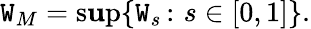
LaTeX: \mathtt{W}_{M}=\operatorname*{s\mathbf{u}p}\{ \mathtt{W}_{s}\, \colon\, s\in[0,1]\} .